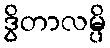
ဒွိတာလမ္ပိ